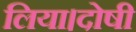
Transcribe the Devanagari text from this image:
लिया।दोषी